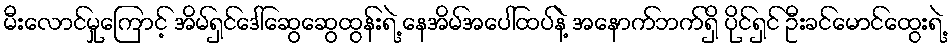
မီးလောင်မှုကြောင့် အိမ်ရှင်ဒေါ်ဆွေဆွေထွန်းရဲ့ နေအိမ်အပေါ်ထပ်နဲ့ အနောက်ဘက်ရှိ ပိုင်ရှင် ဦးခင်မောင်ထွေးရဲ့